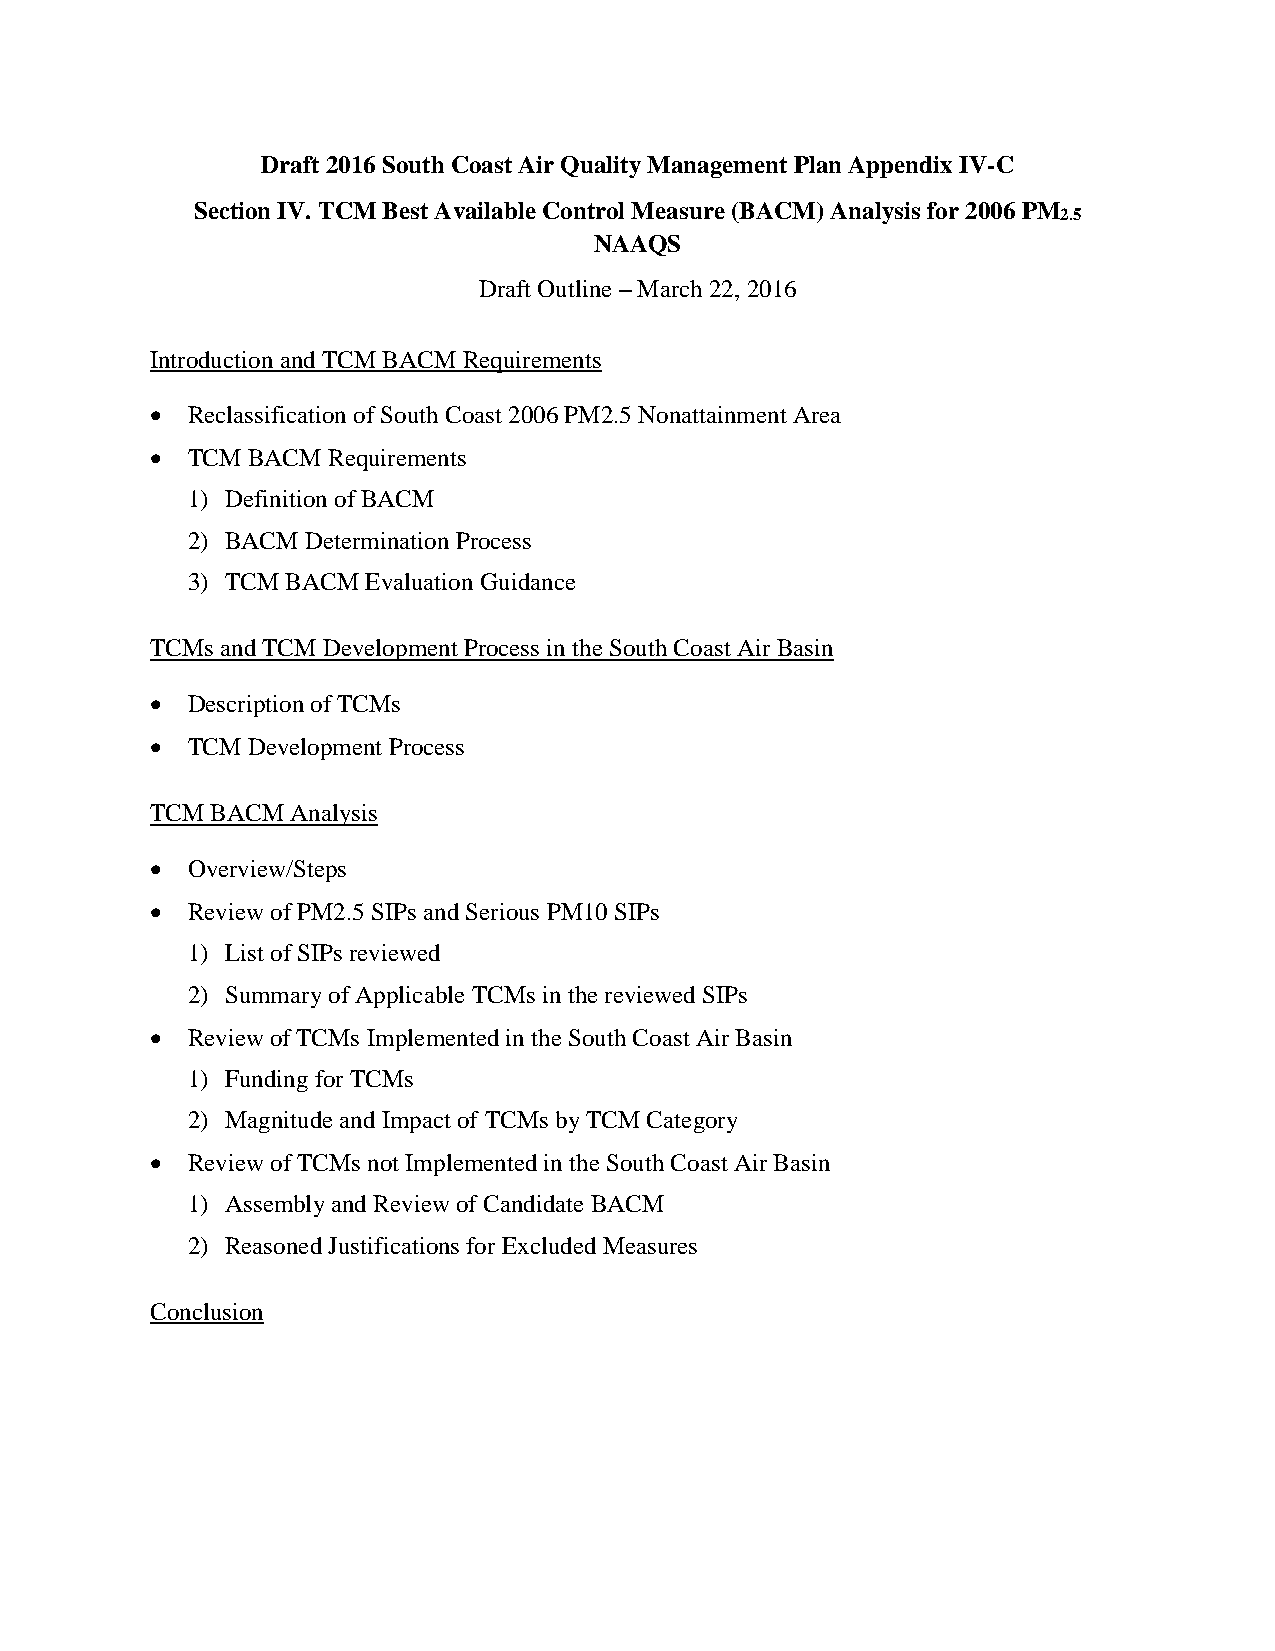
Draft 2016 South Coast Air Quality Management Plan Appendix IV-C
 Section IV. TCM Best Available Control Measure (BACM) Analysis for 2006 PM
 2.5
 NAAQS
 Draft Outline – March 22, 2016
 Introduction and TCM BACM Requirements
  Reclassification of South Coast 2006 PM2.5 Nonattainment Area
  TCM BACM  Requirements
 1) Definition of BACM
 2) BACM Determination Process
 3) TCM BACM Evaluation Guidance
 TCMs and TCM Development Process in the South Coast Air Basin
  Description of TCMs
  TCM Development Process
 TCM BACM Analysis
  Overview/Steps
  Review of PM2.5 SIPs and Serious PM10 SIPs
 1) List of SIPs reviewed
 2) Summary of Applicable TCMs in the reviewed SIPs
  Review of TCMs Implemented in the South Coast Air Basin
 1) Funding for TCMs
 2) Magnitude and Impact of TCMs by TCM Category
  Review of TCMs not Implemented in the South Coast Air Basin
 1) Assembly and Review of Candidate BACM
 2) Reasoned Justifications for Excluded Measures
 Conclusion